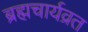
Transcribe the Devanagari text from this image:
ब्रह्मचार्यव्रत